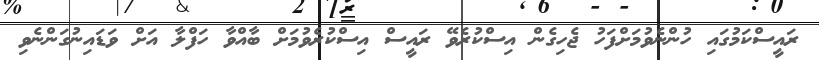
ރައީސްކަމުގައި ހުންނެވުމަށްފަހު ޖެހިގެން އިސްކުރެވޭ ރައީސް އިސްކުރެވުމަށް ބާއްވާ ހަފްލާ އަށް ވަޑައިނުގަންނެވި